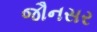
જૌનસર